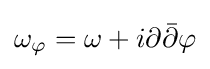
\omega _{\varphi }=\omega +i\partial {\bar {\partial }}\varphi